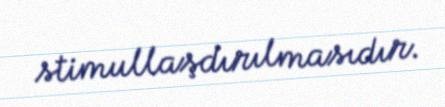
stimullaşdırılmasıdır.